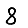
Digit: 8